King Institute of Preventive Medicine Micro-Biological Section reports 1912-19
Year: 1912
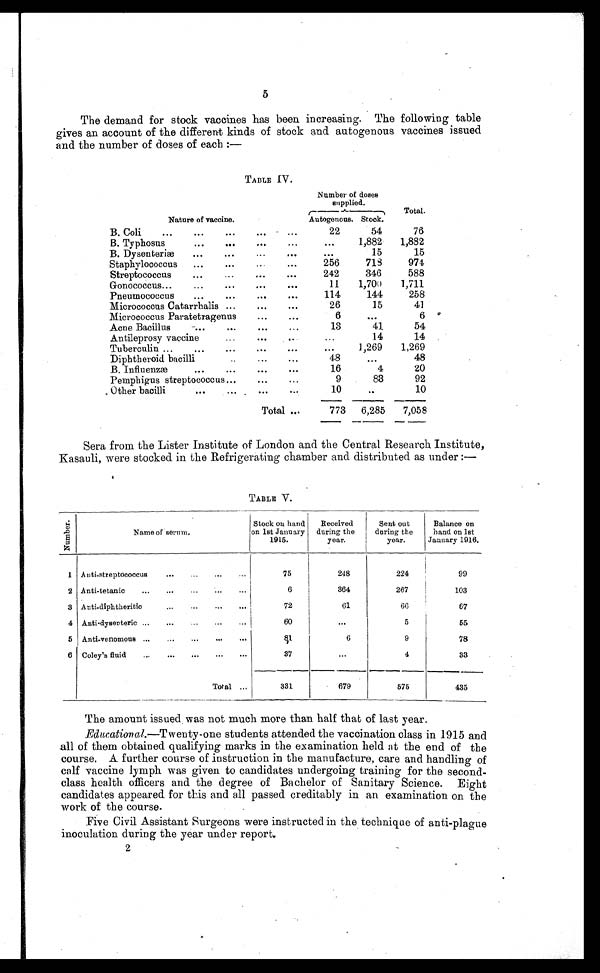
5
The demand for stock vaccines has been increasing. The following table
gives an account of the different kinds of stock and autogenous vaccines issued
and the number of doses of each :—
TABLE IV.
Nature of vaccine.
Number of doses
supplied.
Total.
Autogenous.
Stock.
B. Coli . . .
22
54
76
B. Typhosus . . .
. . .
1,882
1,882
B. Dysenteriæ . . .
. . .
15
15
Staphylococcus . . .
256
718
974
Streptococcus . . .
242
346
588
Gonococcus . . .
11
1,700
1,711
Pneumococcus . . .
114
144
258
Micrococcus Catarrhalis . . .
26
15
4 1
Micrococcus Paratetragenus . . .
6
. . .
6
Acne Bacillus . . .
13
41
54
A n t i l e p r o s y v a c c i n e . . .
. . .
14
14
Tuberculin . . .
. . .
1,269
1,269
Diphtheroid bacilli . . .
48
. . .
48
B. Influenzæ . . .
16
4
20
Pemphigus streptococcus . . .
9
83
92
Other bacilli. . .
10
. . .
10
Total . . .
773
6,285
7,058
Sera from the Lister Institute of London and the Central Research Institute,
Kasauli, were stocked in the Refrigerating chamber and distributed as under :—
TABLE V.
N u m b e r .
Name of serum.
Stock on hand
on Ist January
1915.
Received
during the
year.
Sent out
during the
year.
Balance on
hand on 1st
January 1916.
1 Anti-streptococcus . . .
75
248
224
99
2 Anti-tetanic . . .
6
364
267
103
3 Anti-diphtheritic . . .
72
61
66
67
4 Anti-dysenteric . . .
60
. . .
5
55
5 Anti-venomous . . .
8 1 6
9
78
6 Coley's fluid . . .
37
. . .
4
33
Total . . .
331
679
575
435
The amount issued was not much more than half that of last year.
Educational.—Twenty-one students attended the vaccination class in 1915 and
all of them obtained qualifying marks in the examination held at the end of the
course. A further course of instruction in the manufacture, care and handling of
calf vaccine lymph was given to candidates undergoing training for the second
- c l a s s h e a l t h o f f i c e r s a n d t h e d e g r e e o f B a c h e l o r o f S a n i t a r y S c i e n c e . E i g h t
candidates appeared for this and all passed creditably in an examination on the
work of the course.
Five Civil Assistant Surgeons were instructed in the technique of anti-plague
inoculation during the year under report.
2